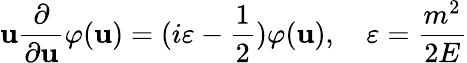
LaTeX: \mathbf{u}\frac{{\partial}}{{\partial\mathbf{u}}}\varphi(\mathbf{u})=(i\varepsilon-\frac{{1}}{{2}})\varphi(\mathbf{u}),\quad\varepsilon=\frac{{m^{2}}}{{2E}}